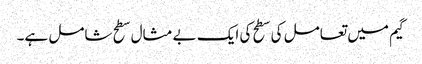
گیم میں تعامل کی سطح کی ایک بے مثال سطح شامل ہے۔